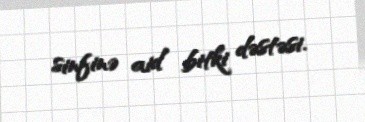
sinfinə aid bitki dəstəsi.